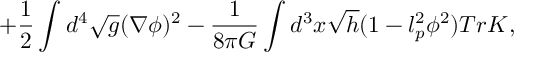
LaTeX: + \frac { 1 } { 2 } \int d ^ { 4 } \sqrt { g } ( \nabla \phi ) ^ { 2 } - \frac { 1 } { 8 \pi G } \int d ^ { 3 } x \sqrt { h } ( 1 - l _ { p } ^ { 2 } \phi ^ { 2 } ) T r K ,